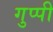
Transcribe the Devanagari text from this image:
गुप्पी